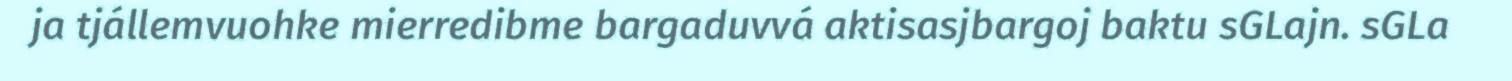
ja tjállemvuohke mierredibme bargaduvvá aktisasjbargoj baktu sGLajn. sGLa